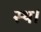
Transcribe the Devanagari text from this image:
स्थ।